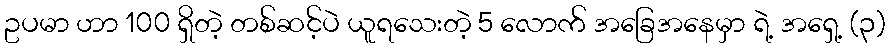
ဥပမာ ဟာ 100 ရှိတဲ့ တစ်ဆင့်ပဲ ယူရသေးတဲ့ 5 လောက် အခြေအနေမှာ ရဲ့ အရှေ့ (၃)